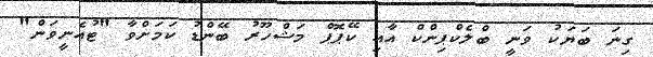
ގިނަ ބަޔަކު ވަނީ ބްލެކްޕިންކް އާއި ކޭޕޮޕް މަޝްހޫރު ބޭންޑު ކަމަށްވާ "ޓުއެނީވަން"